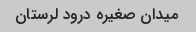
میدان صغیره درود لرستان